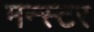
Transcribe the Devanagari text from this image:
मन्स्टर